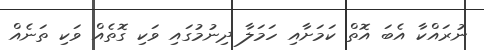
ނުރައްކާ އެބަ އޮތް ކަމަށާއި ހަމަލާ ދިނުމުގައި ވަކި ގޮތެއް ވަކި ތަނެއް